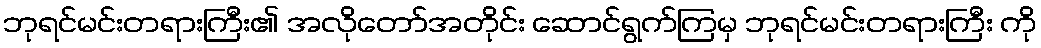
ဘုရင်မင်းတရားကြီး၏ အလိုတော်အတိုင်း ဆောင်ရွက်ကြမှ ဘုရင်မင်းတရားကြီး ကို